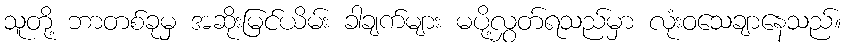
သူတို့ ဘာတစ်ခုမှ အဆိုးမြင်ယိမ်း ခါချက်များ မပို့လွှတ်ရသည်မှာ လုံးဝသေချာနေသည်။